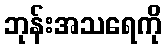
ဘုန်းအသရေကို